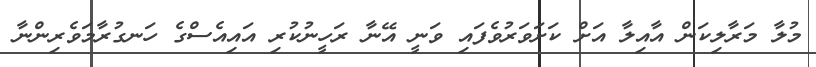
މުލާ މަރާލިކަން އާއިލާ އަށް ކަށަވަރުވެފައި ވަނީ އޭނާ ރަހީނުކުރި އައިއެސްގެ ހަނގުރާމަވެރިންނާ